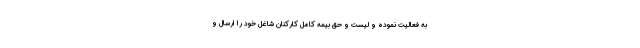
به فعالیت نموده و لیست و حق بیمه کامل کارکنان شاغل خود را ارسال و